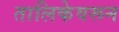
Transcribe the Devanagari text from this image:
तालिकेवरून